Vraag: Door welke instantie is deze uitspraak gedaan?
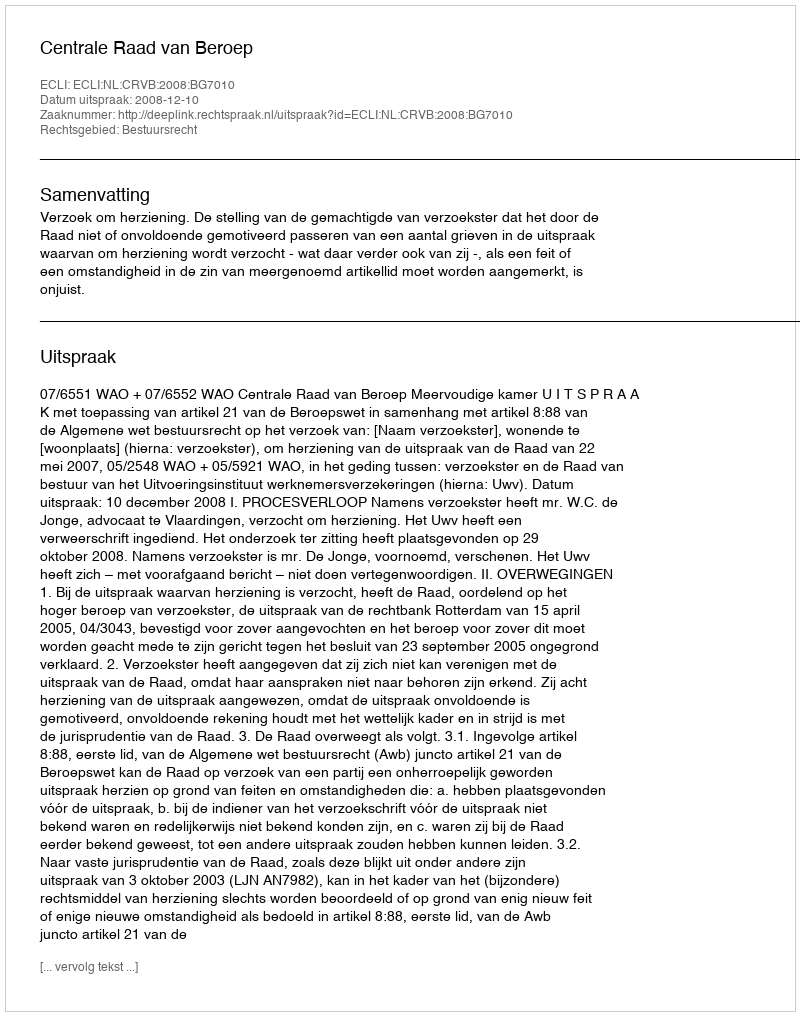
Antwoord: Centrale Raad van Beroep